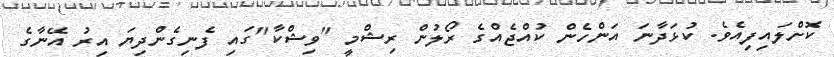
ކޮށްލައިފިއެވެ. ކުޅަދާނަ އަންހެން ކުއްޖެއްގެ ރޯލުން ރިޝްމީ "ވިޝްކާ"ގައި ފެނިގެންދިޔަ އިރު އޭނާގެ